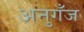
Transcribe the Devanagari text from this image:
अनुगँज